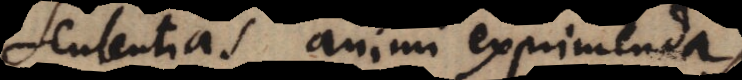
sententias animi exprimend